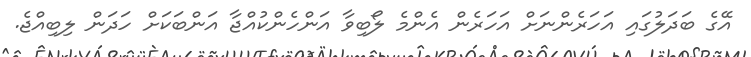
އޭގެ ބަދަލުގައި އަހަރެންނަށް އަހަރެން އެންމެ ލޯބިވާ އަންހެންކުއްޖާ އަންބަކަށް ހަދަން ލިބިއްޖެ.